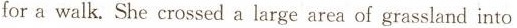
for a walk. She crossed a large area of grassland into